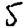
Digit: 5